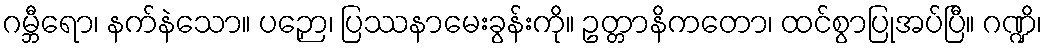
ဂမ္ဘီရော၊ နက်နဲသော။ ပဉှော၊ ပြဿနာမေးခွန်းကို။ ဥတ္တာနိကတော၊ ထင်စွာပြုအပ်ပြီ။ ဂဏ္ဍိ၊